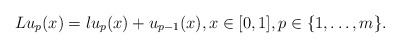
\begin{align*} L u_p(x) = \l u_p(x) + u_{p-1}(x), x \in [0,1], p \in \{1,\ldots,m\}.\end{align*}